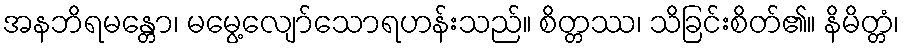
အနဘိရမန္တော၊ မမွေ့လျော်သောရဟန်းသည်။ စိတ္တဿ၊ သိခြင်းစိတ်၏။ နိမိတ္တံ၊